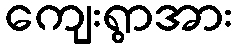
ကျေးရွာအား